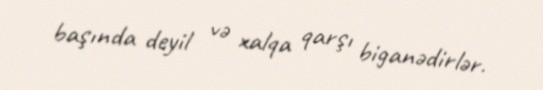
başında deyil və xalqa qarşı biganədirlər.